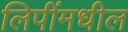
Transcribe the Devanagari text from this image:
लिपींमधील